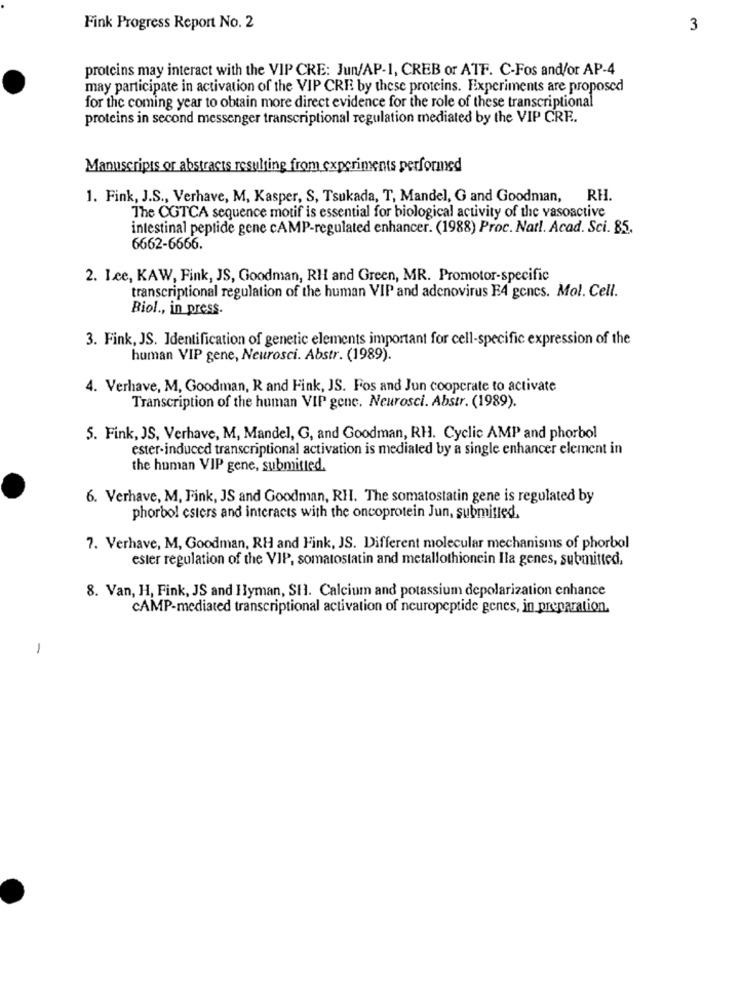
Fink Progress Report No. 2
3
proteins may interact with the VIP CRE: Jun/AP-1, CREB or ATF. C-Fos and/or AP-4
may participate in activation of the VIP CRE by these proteins. Experiments are proposed
for the coming year to obtain more direct evidence for the role of these transcriptional
proteins in second messenger transcriptional regulation mediated by the VIP CRE.
Manuscripts or abstracts resulting from experiments performed
1. Fink, J.S ., Verhave, M, Kasper, S, Tsukada, T, Mandel, G and Goodman, RH.
The CGTCA sequence motif is essential for biological activity of the vasoactive
intestinal peptide gene cAMP-regulated enhancer. (1988) Proc. Natl. Acad. Sci. 85.
6662-6666.
2. Lee, KAW, Fink, JS, Goodman, RH and Green, MR. Promotor-specific
transcriptional regulation of the human VIP and adenovirus E4 gencs. Mol. Cell.
Biol ., in press.
3. Fink, JS. Identification of genetic elements important for cell-specific expression of the
human VIP gene, Neurosci. Abstr. (1989).
4. Verhave, M, Goodman, R and Fink, JS. Fos and Jun cooperate to activate
Transcription of the human VIP gene. Neurosci. Abstr. (1989).
5. Fink, JS, Verhave, M, Mandel, G, and Goodman, RH. Cyclic AMP and phorbol
ester-induced transcriptional activation is mediated by a single enhancer element in
the human VIP gene, submitted.
6. Verhave, M, Fink, JS and Goodman, RH. The somatostatin gene is regulated by
phorbol esters and interacts with the oncoprotein Jun, submitted,
7. Verhave, M, Goodman, RH and Fink, JS. Different molecular mechanisms of phorbol
ester regulation of the VIP, somatostatin and metallothionein Ila genes, submitted,
8. Van, H, Fink, JS and Hyman, SH1. Calcium and potassium depolarization enhance
CAMP-mediated transcriptional activation of neuropeptide genes, in preparation.
-